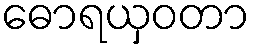
ဓောရယှဝတာ